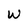
Character: W